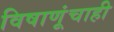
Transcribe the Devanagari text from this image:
विषाणूंचाही